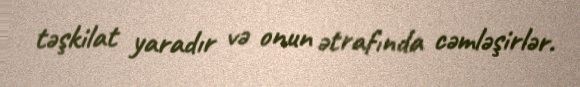
təşkilat yaradır və onun ətrafında cəmləşirlər.